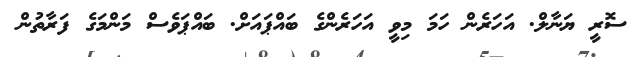
ސޮރީ ޔަނާލް. އަހަރެން ހަމަ މިވީ އަހަރެންގެ ބައްޕައަށް. ބައްޕަވެސް މަންމަގެ ފަރާތުން